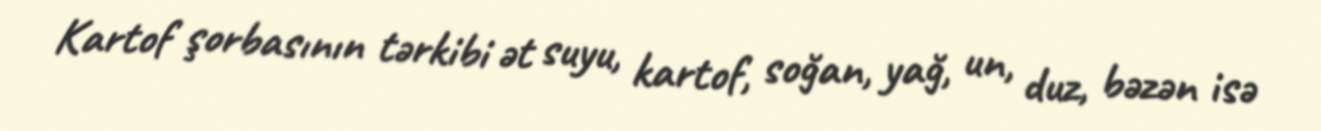
Kartof şorbasının tərkibi ət suyu, kartof, soğan, yağ, un, duz, bəzən isə